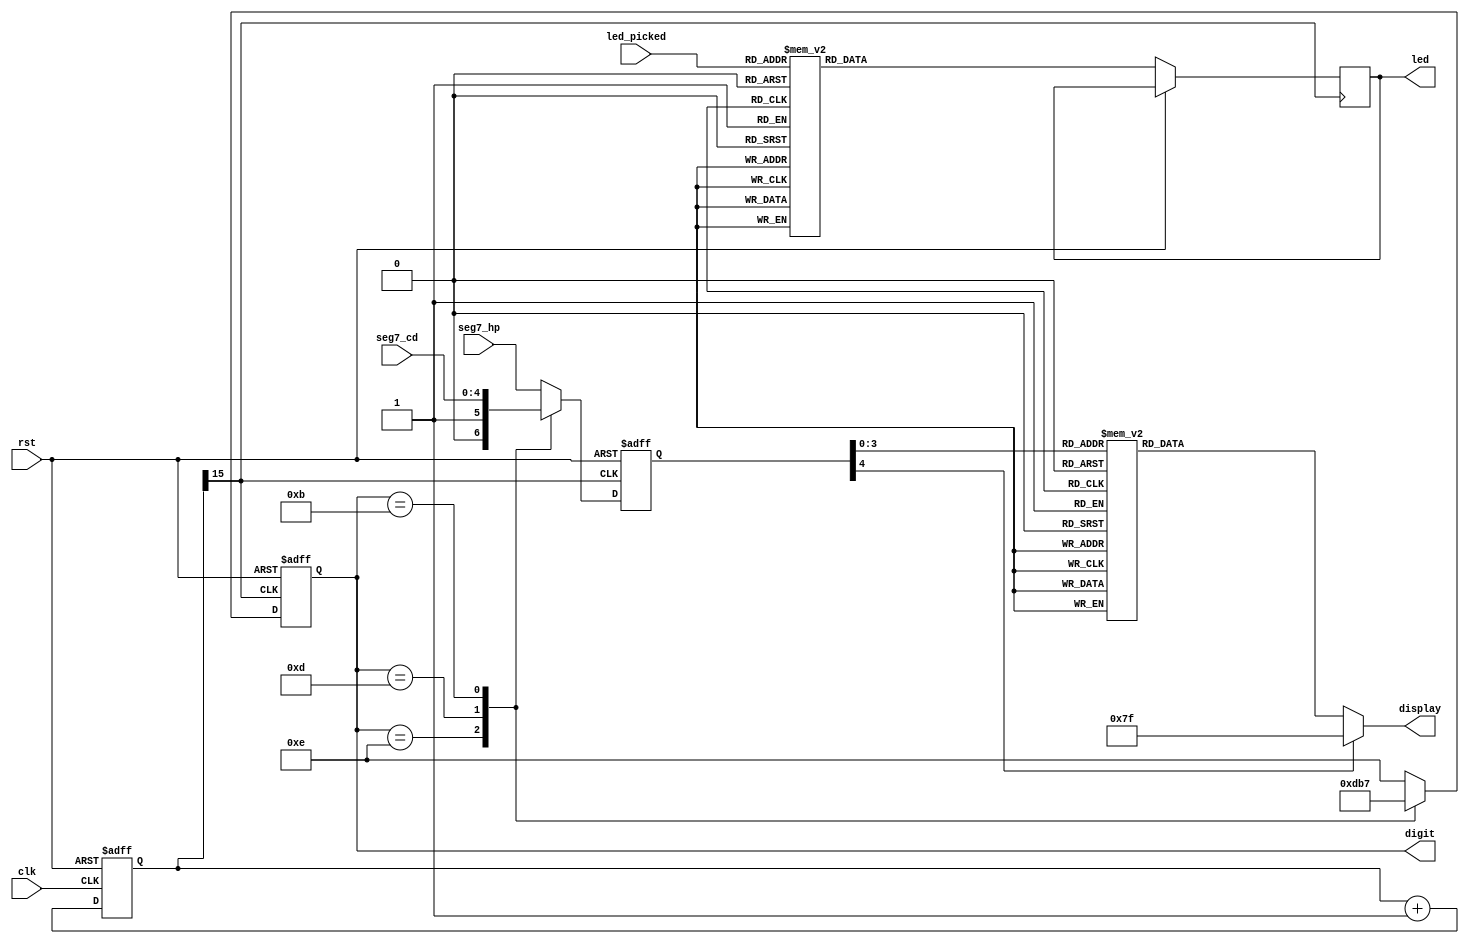
module SevenSegment_LED(
	output reg [6:0] display,
	output reg [3:0] digit,
	output reg [15:0] led,
	input wire rst,
	input wire clk,
	input wire [4:0] led_picked,
	input wire [4:0] seg7_cd,
	input wire [4:0] seg7_hp
);
    
    reg [15:0] clk_divider;
    reg [4:0] display_num;
    
    always @ (posedge clk, posedge rst) begin
    	if (rst) begin
    		clk_divider <= 15'b0;
    	end else begin
    		clk_divider <= clk_divider + 15'b1;
    	end
    end
    
	wire [4:0] BCD0, BCD1, BCD2, BCD3;
	assign BCD3 = seg7_cd;
	assign BCD0 = seg7_hp;
	
    always @ (posedge clk_divider[15], posedge rst) begin
    	if (rst) begin
    		display_num <= 5'b00000;
    		digit <= 4'b1111;
    	end else begin
    		case (digit)
    			4'b1110 : begin
    					display_num <= BCD1;
    					digit <= 4'b1101;
    				end
    			4'b1101 : begin
						display_num <= BCD2;
						digit <= 4'b1011;
					end
    			4'b1011 : begin
						display_num <= BCD3;
						digit <= 4'b0111;
					end
    			4'b0111 : begin
						display_num <= BCD0;
						digit <= 4'b1110;
					end
    			default : begin
						display_num <= BCD0;
						digit <= 4'b1110;
					end				
    		endcase
			case (led_picked) 
				0: begin
					led = 16'b0000_0000_0000_0000;
				end
				1: begin
					led = 16'b0000_0000_0000_0001;
				end
				2: begin
					led = 16'b0000_0000_0000_0011;
				end
				3: begin
					led = 16'b0000_0000_0000_0111;
				end
				4: begin
					led = 16'b0000_0000_0000_1111;
				end
				5: begin
					led = 16'b0000_0000_0001_1111;
				end
				6: begin
					led = 16'b0000_0000_0011_1111;
				end
				7: begin
					led = 16'b0000_0000_0111_1111;
				end
				8: begin
					led = 16'b0000_0000_1111_1111;
				end
				9: begin
					led = 16'b0000_0001_1111_1111;
				end
				10: begin
					led = 16'b0000_0011_1111_1111;
				end
				11: begin
					led = 16'b0000_0111_1111_1111;
				end
				12: begin
					led = 16'b0000_1111_1111_1111;
				end
				13: begin
					led = 16'b0001_1111_1111_1111;
				end
				14: begin
					led = 16'b0011_1111_1111_1111;
				end
				15: begin
					led = 16'b0111_1111_1111_1111;
				end
				16: begin
					led = 16'b1111_1111_1111_1111;
				end
				default: begin
					led = 16'b0000_0000_0000_0000;
				end
			endcase
    	end
    end
    
    always @ (*) begin
    	case (display_num)
    		0 : display = 7'b1000000;	//0
			1 : display = 7'b1111001;   //1
			2 : display = 7'b0100100;   //2
			3 : display = 7'b0110000;   //3
			4 : display = 7'b0011001;   //4
			5 : display = 7'b0010010;   //5
			6 : display = 7'b0000010;   //6
			7 : display = 7'b1111000;   //7
			8 : display = 7'b0000000;   //8
			9 : display = 7'b0010000;	//9
			10:	display = 7'b0111111;	//-
			default : display = 7'b1111111;
    	endcase
    end
    
endmodule